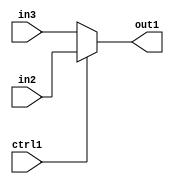
`timescale 1ps / 1ps
/*****************************************************************************
    Verilog RTL Description
    
    
    Created by: CellMath Designer 2019.1.01 
*******************************************************************************/

module float2fix_N_Mux_32_2_12_4 (
	in3,
	in2,
	ctrl1,
	out1
	); /* architecture "behavioural" */ 
input [31:0] in3,
	in2;
input  ctrl1;
output [31:0] out1;
wire [31:0] asc001;

reg [31:0] asc001_tmp_0;
assign asc001 = asc001_tmp_0;
always @ (ctrl1 or in2 or in3) begin
	case (ctrl1)
		1'B1 : asc001_tmp_0 = in2 ;
		default : asc001_tmp_0 = in3 ;
	endcase
end

assign out1 = asc001;
endmodule

/* CADENCE  uLn0Tws= : u9/ySgnWtBlWxVPRXgAZ4Og= ** DO NOT EDIT THIS LINE ******/